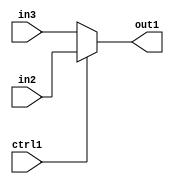
`timescale 1ps / 1ps
/*****************************************************************************
    Verilog RTL Description
    
    
    Created by: CellMath Designer 2019.1.01 
*******************************************************************************/

module float2fix_N_Mux_32_2_12_4 (
	in3,
	in2,
	ctrl1,
	out1
	); /* architecture "behavioural" */ 
input [31:0] in3,
	in2;
input  ctrl1;
output [31:0] out1;
wire [31:0] asc001;

reg [31:0] asc001_tmp_0;
assign asc001 = asc001_tmp_0;
always @ (ctrl1 or in2 or in3) begin
	case (ctrl1)
		1'B1 : asc001_tmp_0 = in2 ;
		default : asc001_tmp_0 = in3 ;
	endcase
end

assign out1 = asc001;
endmodule

/* CADENCE  uLn0Tws= : u9/ySgnWtBlWxVPRXgAZ4Og= ** DO NOT EDIT THIS LINE ******/